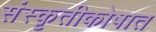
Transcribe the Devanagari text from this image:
संस्कृतीकोषात